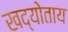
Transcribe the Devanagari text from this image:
खद्योताय